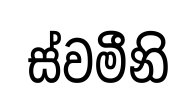
ස්වමීනි